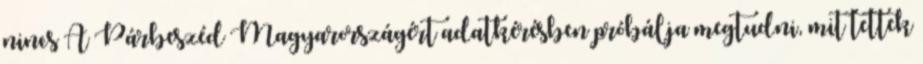
nincs A Párbeszéd Magyarországért adatkérésben próbálja megtudni, mit tettek